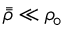
\bar { \bar { \rho } } \ll \rho _ { \! \circ }